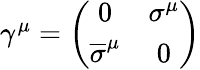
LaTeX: \begin{array}{r}{\gamma^{\mu}=\left(\begin{array}{cc}{0}&{\sigma^{\mu}}\\ {\overline{{\sigma}}^{\mu}}&{0}\end{array}\right)}\end{array}